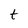
Character: t